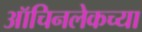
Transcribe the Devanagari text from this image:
ऑचिनलेकच्या